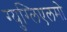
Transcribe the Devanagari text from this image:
ग्युग्लिएलमो